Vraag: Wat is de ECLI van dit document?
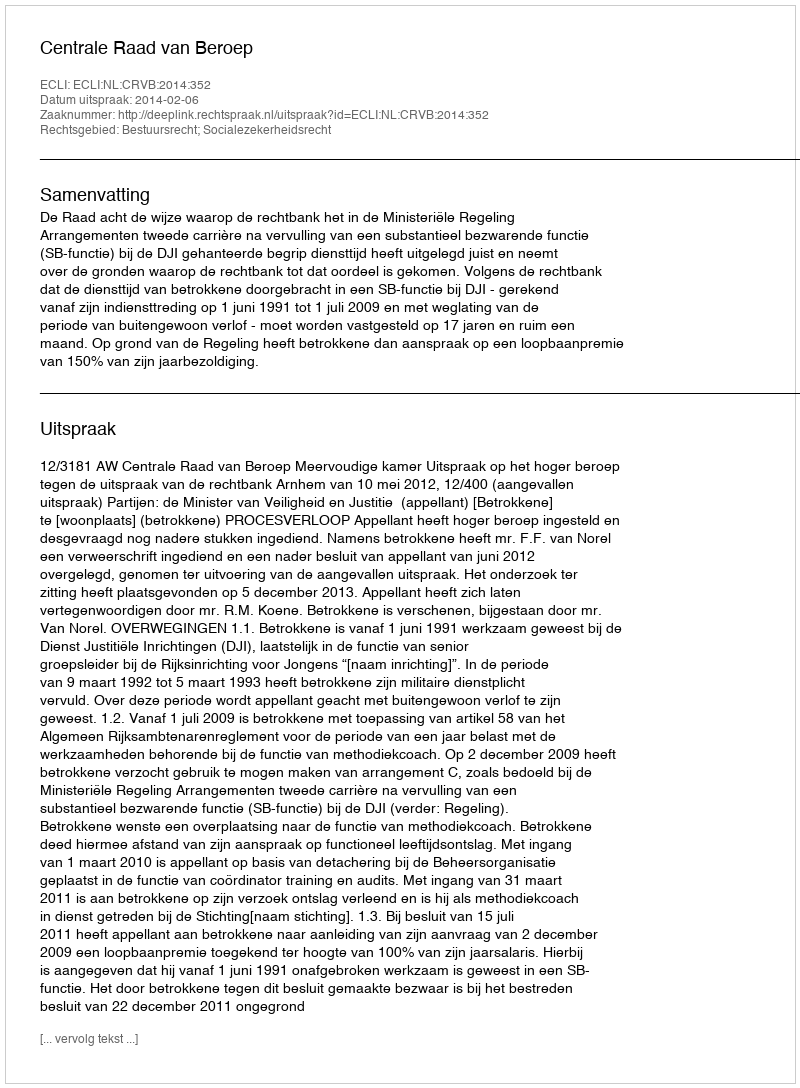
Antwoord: ECLI:NL:CRVB:2014:352